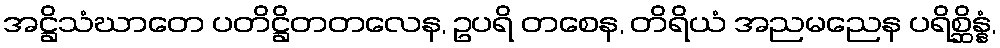
အဋ္ဌိသံဃာတေ ပတိဋ္ဌိတတလေန, ဥပရိ တစေန, တိရိယံ အညမညေန ပရိစ္ဆိန္နံ,